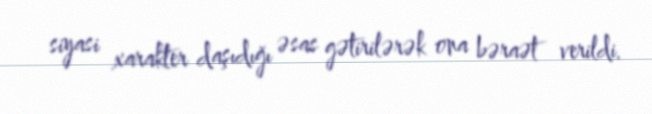
siyasi xarakter daşıdığı əsas gətirilərək ona bəraət verildi.